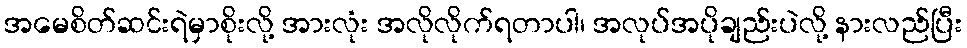
အမေစိတ်ဆင်းရဲမှာစိုးလို့ အားလုံး အလိုလိုက်ရတာပါ၊ အလုပ်အပိုချည်းပဲလို့ နားလည်ပြီး